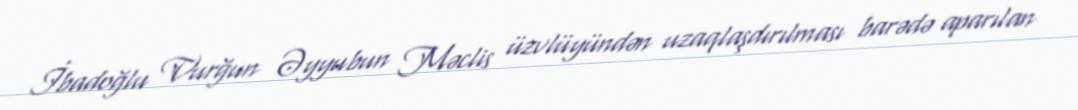
İbadoğlu Vurğun Əyyubun Məclis üzvlüyündən uzaqlaşdırılması barədə aparılan